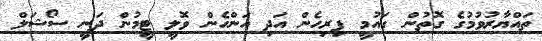
ތައްޔާރުވުމުގެ ގޮތުން ގައުމީ ފިރިހެން އަދި އަންހެން ވޮލީ ޓީމުން ދަނީ ސޯޝަލް